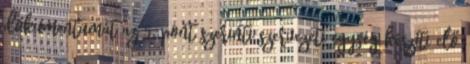
dokumentumát az 5. pont szerinti szervezeti egység készíti elő